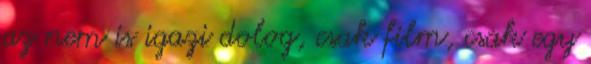
az nem is igazi dolog, csak film, csak egy